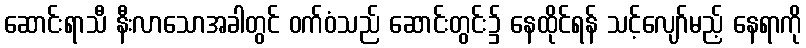
ဆောင်းရာသီ နီးလာသောအခါတွင် ဝက်ဝံသည် ဆောင်းတွင်း၌ နေထိုင်ရန် သင့်လျော်မည့် နေရာကို